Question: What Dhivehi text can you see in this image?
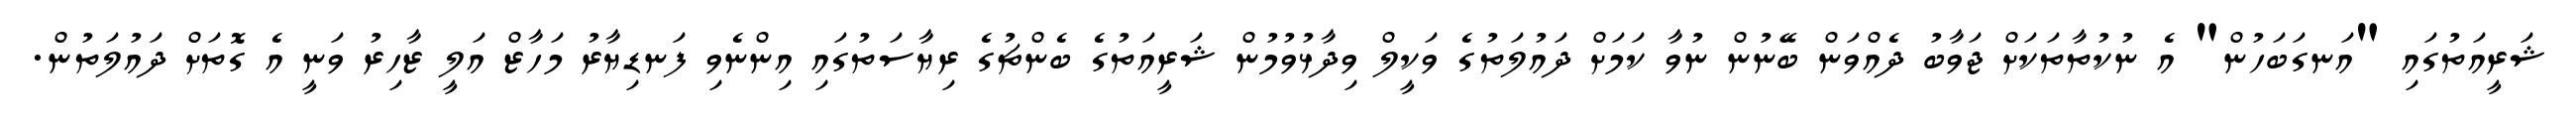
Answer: ޝަރީއަތުގައި "އަނގަބަހުން" އެ ނުކުތާތަކަށް ޖަވާބު ދެއްވަން ބޭނުން ނުވާ ކަމަށް ދައުލަތުގެ ވަކީލް ވިދާޅުވުމުން ޝަރީއަތުގެ ބެންޗުގެ ރިޔާސަތުގައި އިންނެވި ފަނޑިޔާރު މަހާޒް އަލީ ޒާހިރު ވަނީ އެ ގޮތަށް ދައުލަތުން.